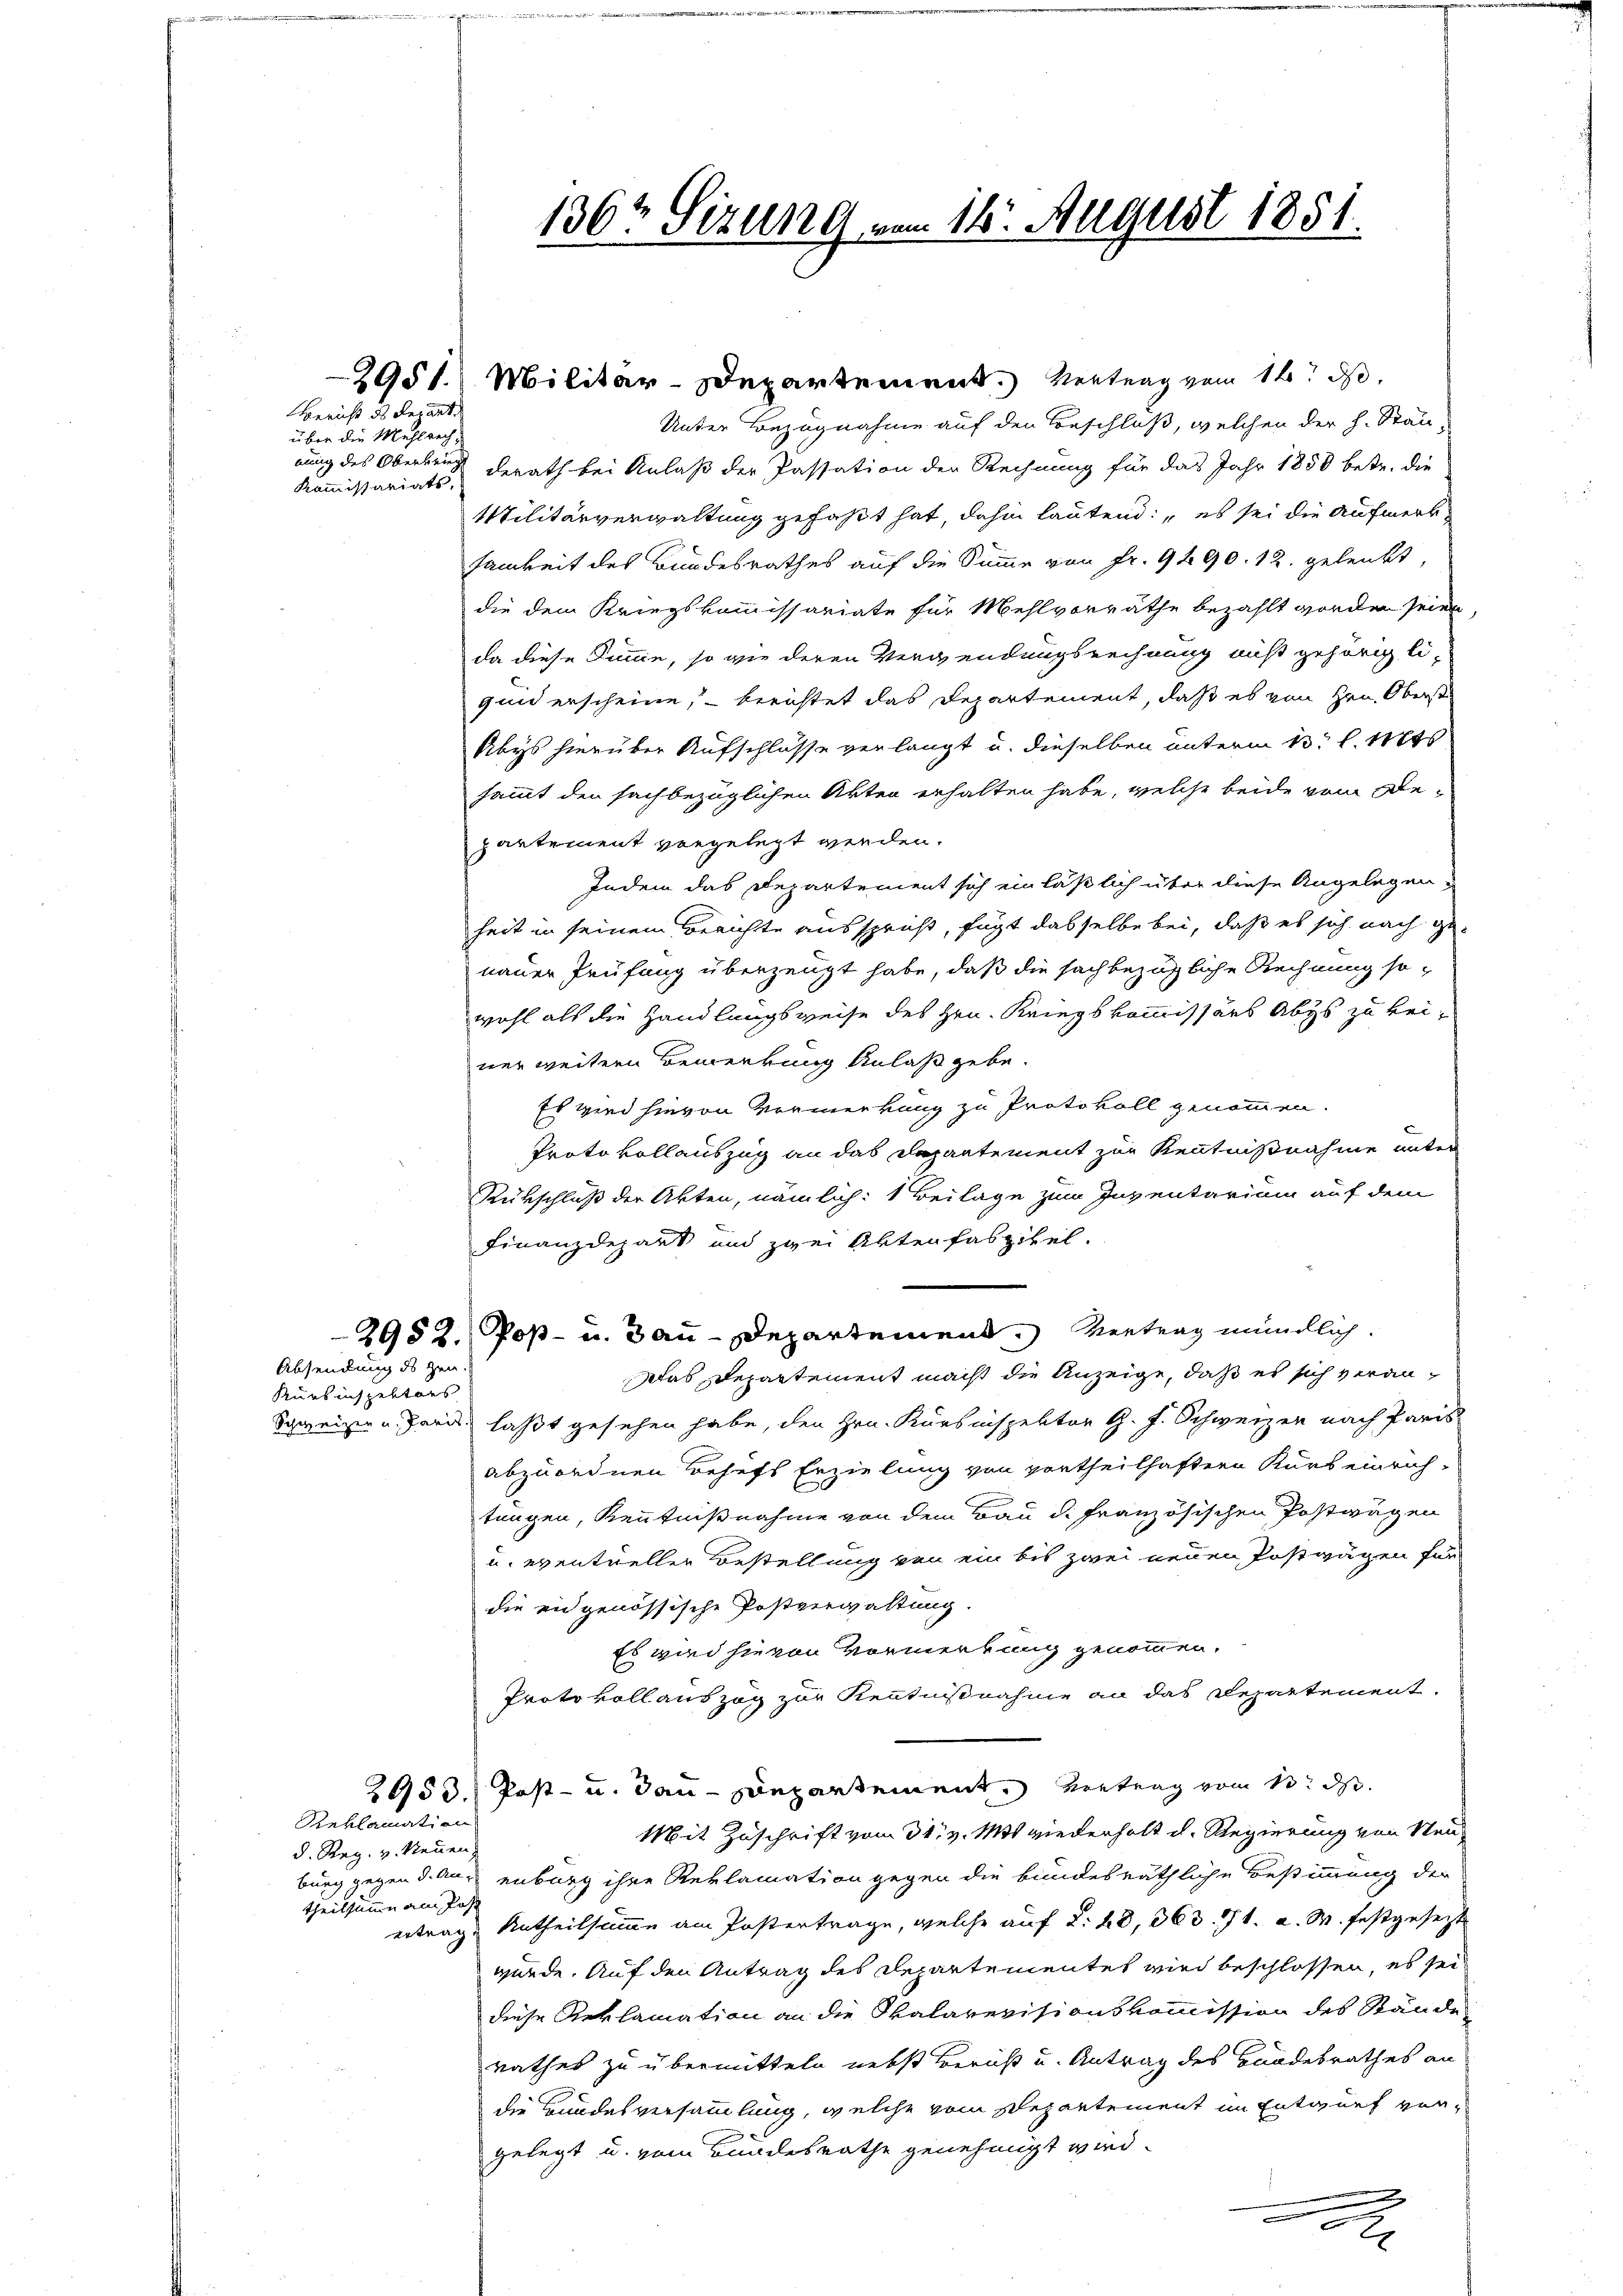
Bericht des Repart
über die Mahlrech¬
Kommissariats,

Unter Bezugnahme auf den Beschloß, welchen der h. Stän-
eung des Oberbeugt gerath bei Anlaß der Passation der Rechnung für das Jahr 1850 betr. die
Militärverwaltung gefaßt hat, dahin lautend: es sei die Aufmerk.
samkeit des Bundesrathes auf die Summe von Fr. 9490. 12. gelenkt,
die dem Kriegskommissariate für Mehlvorräthe bezahlt worden seien,
da diese Summe, so wie deren Verwendungsrechnung nicht gehörig li-
quid erscheine, – berichtet das Departement, daß es von Hrn. Oberst
Abys hierüber Aufschlüsse verlangt u. dieselben unterm 13. l. Mts.
sammt den sachbezüglichen Akten erhalten habe, welche beide vom Bepartement vorgelegt werden.
Indem das Departement sich einläßlich über diese Angelegen
heit in seinem Berichte ausspruß, fügt dasselbe bei, daß es sich nach ge-
nauer Prüfung überzeugt habe, daß die sachbezügliche Rechnung sowohl als die Handlungsweise des Hrn. Kriegskommissärs Abys zu beiner weitern Bemerkung Anlaß gebe.
Es wird hievon Vermerkung zu Protokoll genommen.
Protokollauszug an das Departement zur Kenntnißnahme unter
Rükschluß der Akten, nämlich: 1 Beilage zum Inventarium auf dem
Finanzdepart und zwei Aktenfaszikel.
2952. Post- u. Bau-Departement. Vertrag mündlich.
Das Departement macht die Anzeige, daß es sich veran¬
Schweizer u. Paris laßt gesehen habe, den Hrn. Kursinspektor G. J. Schweizer nach Paris
abzuordnen behufs Erzielung von vortheilhaftern Kurb einrich-
tungen, Kenntnißnahme von dem Bau d. Französischen Postwagen
u. eventueller Bestellung von ein bis zwei neuen Postwägen für
die eidgenössische Postverwaltung.
Es wird hievon Vormerkung genommen.
Protokollauszog zur Kenntnißnahme an das Departement.
2953. Post- u. dan-Departement. Vortrag vom 13. d.
Mit Zuschrift vom 31. v. Mts. wiederholt d. Regierung von Neuburg gegen d. Augenburg ihre Reklamation gegen die bundesräthliche Bestimmung der
ertrage Antheilsumme am Postertrage, welche auf 2. 48, 363. 71. d. M. festgesetzt
würde. Auf den Antrag des Departementet wird beschlossen, es sei
diese Reklamation an die Skalarevisionskommission des Stände
rathes zu übermitteln nebst Bericht u. Antrag des Gnadesrathes an
die Bundesversammlung, welche vom Departement im Entwurf vergelegt u. vom Bundesrathe genehmigt wird.
.

Kürkinspektors

Absendung des Zeu

Reklamation
d. Reg. v. Neuen
theilsumme am Jos.

136t Sizung vom 16. August 1851.

2051. Militär-Departement. Vertrag vom 14. ds.